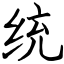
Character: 统